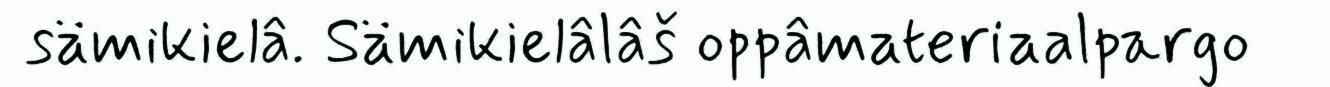
sämikielâ. Sämikielâlâš oppâmateriaalpargo